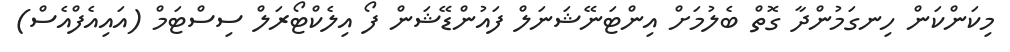
މިކަންކަން ހިނގަމުންދާ ގޮތް ބެލުމަށް އިންޓަނޭޝަނަލް ފައުންޑޭޝަން ފޯ އިލެކްޓޯރަލް ސިސްޓަމް (އައިއެފްއެސް)